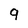
Character: 9